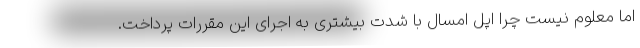
اما معلوم نیست چرا اپل امسال با شدت بیشتری به اجرای این مقررات پرداخت.